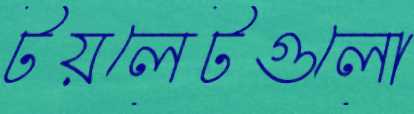
টয়লেটগুলো